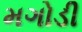
મગોડી